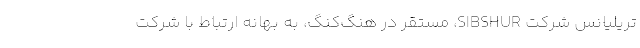
تریلیانس شرکت SIBSHUR، مستقر در هنگ‌کنگ، به بهانه ارتباط با شرکت